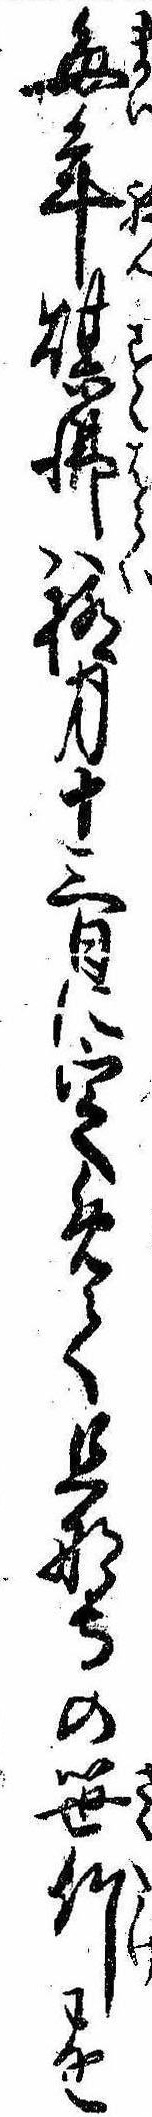
毎年煤払は極月十三日に定めて旦那寺の笹竹を